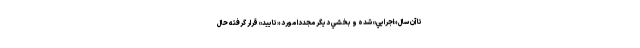
تا آن سال «اجرايي» شده و بخشي ديگر مجددا مورد «تاييد» قرار گرفته حال